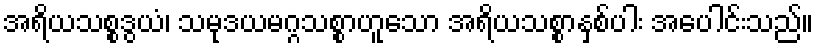
အရိယသစ္စဒွယံ၊ သမုဒယမဂ္ဂသစ္စာဟူသော အရိယသစ္စာနှစ်ပါး အပေါင်းသည်။